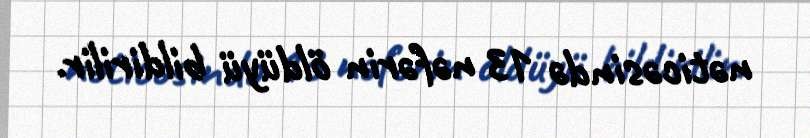
nəticəsində 13 nəfərin öldüyü bildirilir.